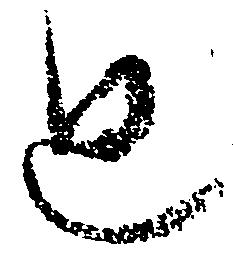
廻